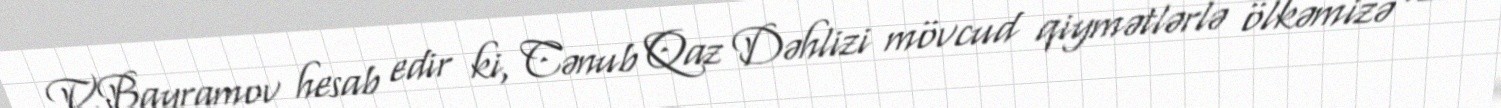
V.Bayramov hesab edir ki, Cənub Qaz Dəhlizi mövcud qiymətlərlə ölkəmizə 120